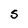
Character: S